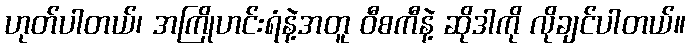
ဟုတ်ပါတယ်၊ အကြိုဟင်းရံနဲ့အတူ ဝီစကီနဲ့ ဆိုဒါကို လိုချင်ပါတယ်။